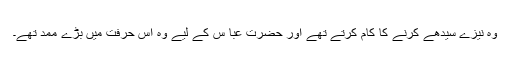
وہ نیزے سیدھے کرنے کا کام کرتے تھے اور حضرت عبا س کے لیے وہ اس حرفت میں بڑے ممد تھے۔